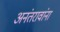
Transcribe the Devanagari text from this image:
अनंतरावांना